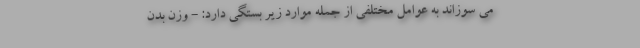
می سوزاند به عوامل مختلفی از جمله موارد زیر بستگی دارد: - وزن بدن